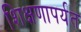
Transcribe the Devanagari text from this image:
शिक्षणापर्यत